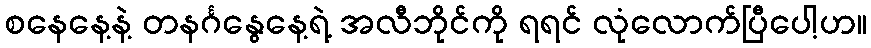
စနေနေ့နဲ့ တနင်္ဂနွေနေ့ရဲ့ အလီဘိုင်ကို ရရင် လုံလောက်ပြီပေါ့ဟ။